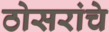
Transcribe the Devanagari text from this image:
ठोसरांचे